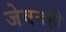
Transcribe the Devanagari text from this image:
जेवनही